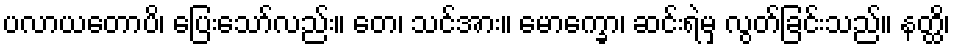
ပလာယတောပိ၊ ပြေးသော်လည်း။ တေ၊ သင်အား။ မောက္ခော၊ ဆင်းရဲမှ လွတ်ခြင်းသည်။ နတ္ထိ၊